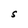
Character: S